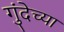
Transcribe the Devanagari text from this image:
गुंदेच्या